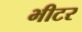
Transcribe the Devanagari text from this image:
भीटर